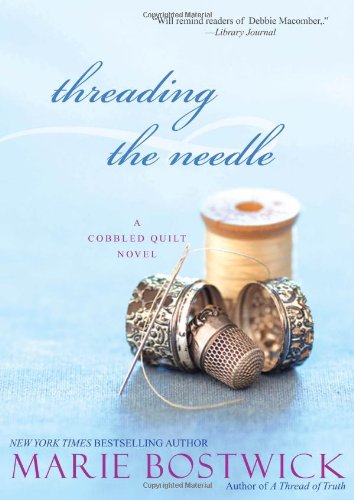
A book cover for Threading the Needle (Cobbled Court Quilts); Marie Bostwick; Literature & Fiction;